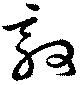
敦